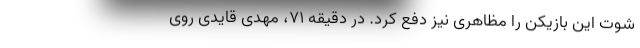
شوت این بازیکن را مظاهری نیز دفع کرد. در دقیقه ۷۱، مهدی قایدی روی